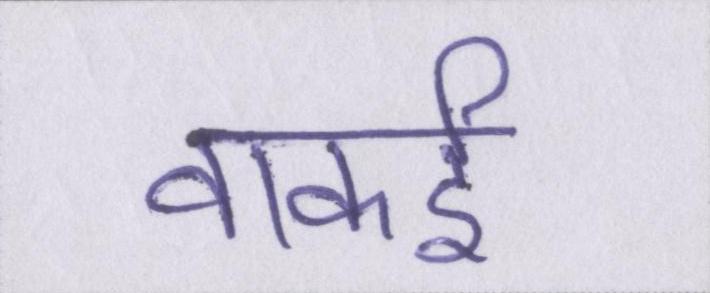
वाकई